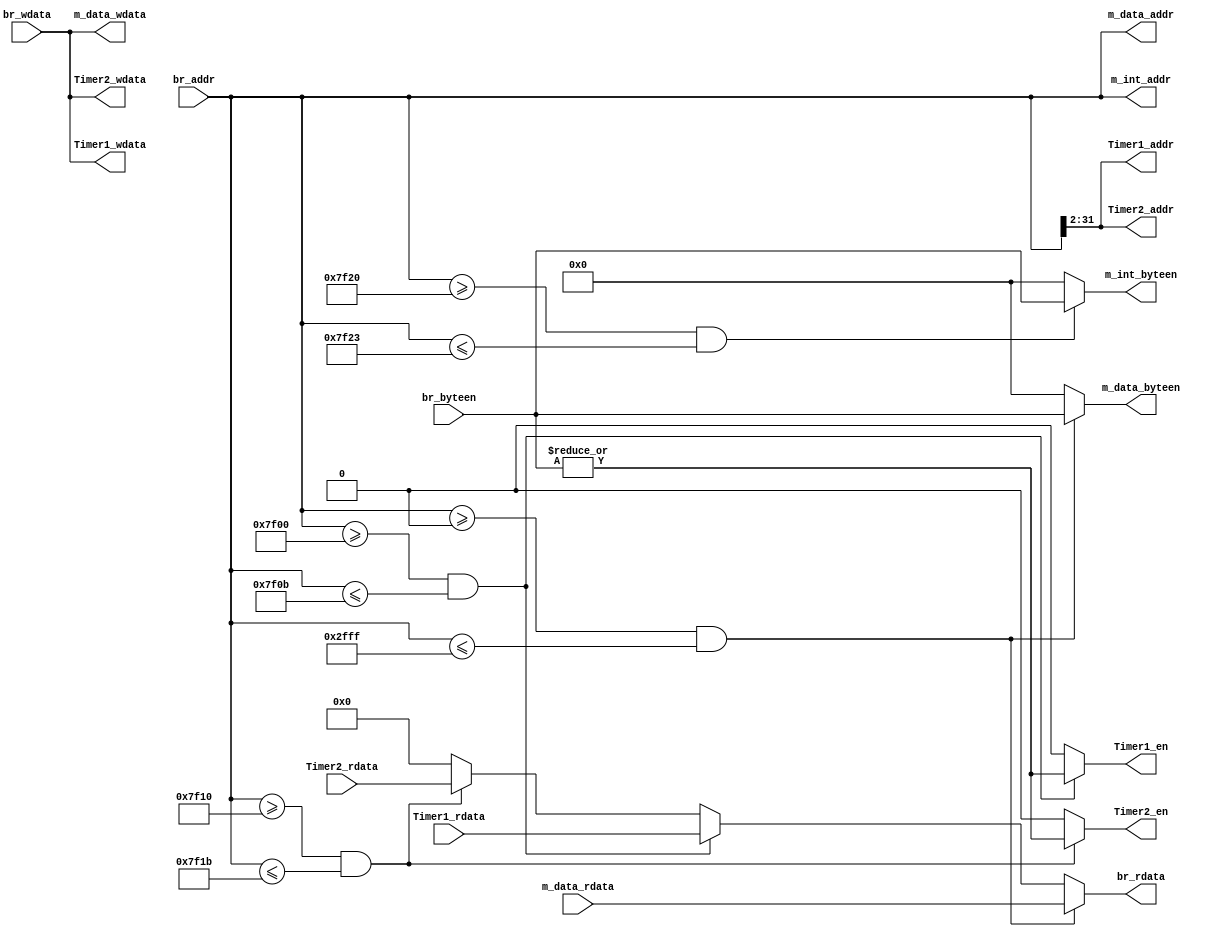
`timescale 1ns / 1ps
//////////////////////////////////////////////////////////////////////////////////
// Company: 
// Engineer: 
// 
// Design Name: 
// Module Name:    Bridge 
// Project Name: 
// Target Devices: 
// Tool versions: 
// Description: 
//
// Dependencies: 
//
// Revision: 
// Revision 0.01 - File Created
// Additional Comments: 
//
//////////////////////////////////////////////////////////////////////////////////
`define DMmin 32'h0000
`define DMmax 32'h2fff
`define Timer1min 32'h7f00
`define Timer1max 32'h7f0b
`define Timer2min 32'h7f10
`define Timer2max 32'h7f1b
`define Intmin 32'h7f20
`define Intmax 32'h7f23
module Bridge(
    input [31:0] br_addr,//from CPU
    input [31:0] br_wdata,
    input [3:0] br_byteen,
	 //get data
    input [31:0] m_data_rdata,//from DM
	 input [31:0] Timer1_rdata,//from Timer1
	 input [31:0] Timer2_rdata,//from Timer2
	 //give data
    output [31:0] m_data_addr,//to DM
    output [31:0] m_data_wdata,
	 output [31:0] m_int_addr,//to interupter
	 output [31:2] Timer1_addr,//to Timer1
	 output [31:0] Timer1_wdata,
	 output [31:2] Timer2_addr,//to Timer2
	 output [31:0] Timer2_wdata,
	 //return data
    output [31:0] br_rdata,//to CPU
	 //enable signal
	 output [3:0] m_data_byteen,//to DM
	 output [3:0] m_int_byteen,//to interrupter
	 output Timer1_en,
	 output Timer2_en
    );
//give the address
assign m_data_addr=br_addr;
assign m_int_addr=br_addr;
assign Timer1_addr=br_addr[31:2];
assign Timer2_addr=br_addr[31:2];
//give the wdata
assign m_data_wdata=br_wdata;
assign Timer1_wdata=br_wdata;
assign Timer2_wdata=br_wdata;
//set the enable signal
assign m_data_byteen=(br_addr>=`DMmin && br_addr<=`DMmax)? br_byteen:0;
assign m_int_byteen=(br_addr>=`Intmin && br_addr<=`Intmax)? br_byteen:0;
assign Timer1_en=(br_addr>=`Timer1min && br_addr<=`Timer1max)? (|br_byteen):0;
assign Timer2_en=(br_addr>=`Timer2min && br_addr<=`Timer2max)? (|br_byteen):0;
//select rdata
assign br_rdata=(br_addr>=`DMmin && br_addr<=`DMmax)? m_data_rdata:
                (br_addr>=`Timer1min && br_addr<=`Timer1max)? Timer1_rdata:
					 (br_addr>=`Timer2min && br_addr<=`Timer2max)? Timer2_rdata:0;
endmodule